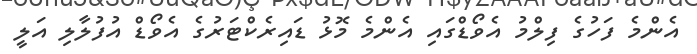
އެންމެ ފަހުގެ ފިލްމު އެވޯޑްގައި އެންމެ މޮޅު ޑައިރެކްޓަރުގެ އެވޯޑް އުފުލާލި އަލީ